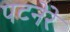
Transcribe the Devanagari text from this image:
पटनेरे